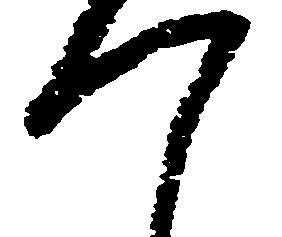
つ